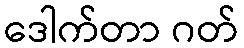
ဒေါက်တာ ဂတ်